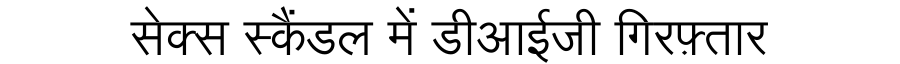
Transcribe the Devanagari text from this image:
सेक्स स्कैंडल में डीआईजी गिरफ़्तार